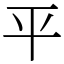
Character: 平